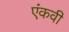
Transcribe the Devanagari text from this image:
एंकवी